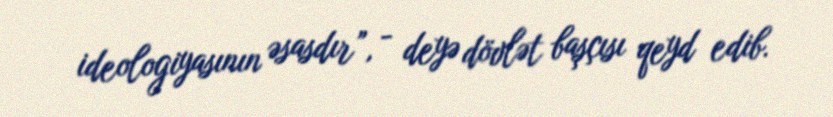
ideologiyasının əsasdır”, - deyə dövlət başçısı qeyd edib.